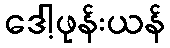
ဒေါ့ဖုန်းယန်